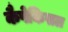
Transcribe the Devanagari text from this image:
कैपेकिसल